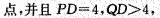
点，并且PD=4，QD>4,